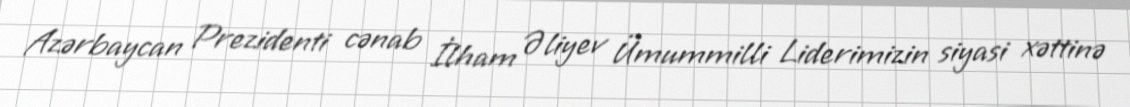
Azərbaycan Prezidenti cənab İlham Əliyev Ümummilli Liderimizin siyasi xəttinə